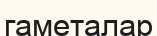
гаметалар